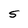
Character: S